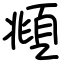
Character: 頫